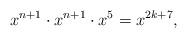
LaTeX: \begin{align*}x^{n+1} \cdot x^{n+1} \cdot x^5 = x^{2k+7},\end{align*}